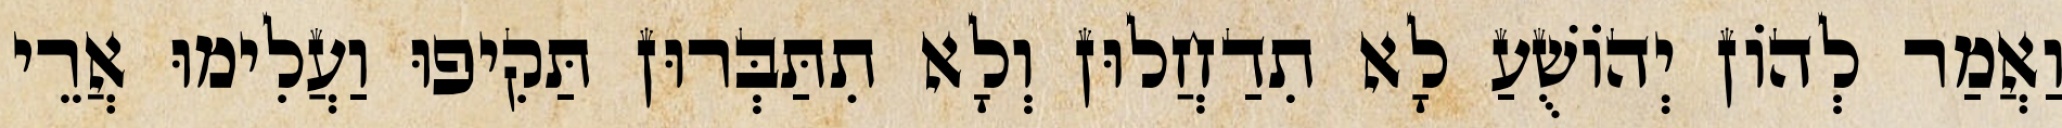
וַאֲמַר לְהוֹן יְהוֹשֻׁעַ לָא תִדַחֲלוּן וְלָא תִתַּבְּרוּן תַּקִיפוּ וַעֲלִימוּ אֲרֵי